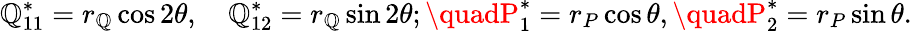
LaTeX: \mathbb{Q}_{11}^{*}=r_{\mathbb{Q}}\cos{2\theta},\quad\mathbb{Q}_{12}^{*}=r_{\mathbb{Q}}\sin{2\theta};\quadP_{1}^{*}=r_{P}\cos{\theta},\quadP_{2}^{*}=r_{P}\sin{\theta}.